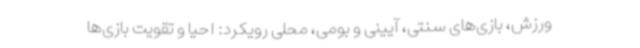
ورزش، بازی‌های سنتی، آیینی و بومی، محلی رویکرد: احیا و تقویت بازی‌ها